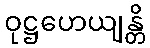
ဝုဋ္ဌဟေယျန္တိ